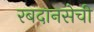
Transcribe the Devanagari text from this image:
रबदानसेची